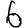
Digit: 6